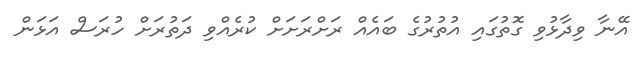
އޭނާ ވިދާޅުވި ގޮތުގައި އުތުރުގެ ބައެއް ރަށްރަށަށް ކުރެއްވި ދަތުރަށް ހުރަސް އަޅަން